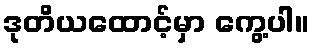
ဒုတိယထောင့်မှာ ကွေ့ပါ။